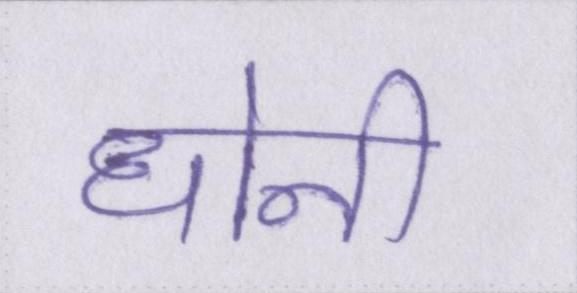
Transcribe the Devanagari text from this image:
धोनी